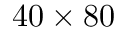
4 0 \times 8 0